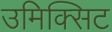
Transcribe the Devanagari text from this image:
उमिक्सिट